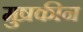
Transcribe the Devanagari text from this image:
मुष्रकीन